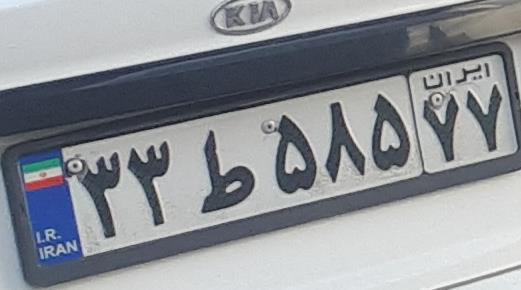
۳۳ط۵۸۵۷۷